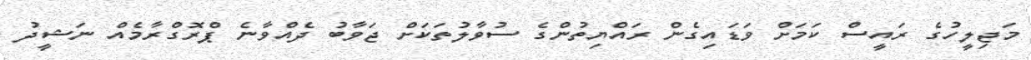
މަޖިލީހުގެ ރައީސް ކަމަށް ވަޑައިގެން ރައްޔިތުންގެ ސުވާލުތަކަށް ޖަވާބު ދެއްވާނެ ޕްރޮގްރާމެއް ނަޝީދު